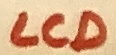
Text: LCD